Rangoon Lunatic Asylum 1878-1892 - 1878-1892
Year: 1878
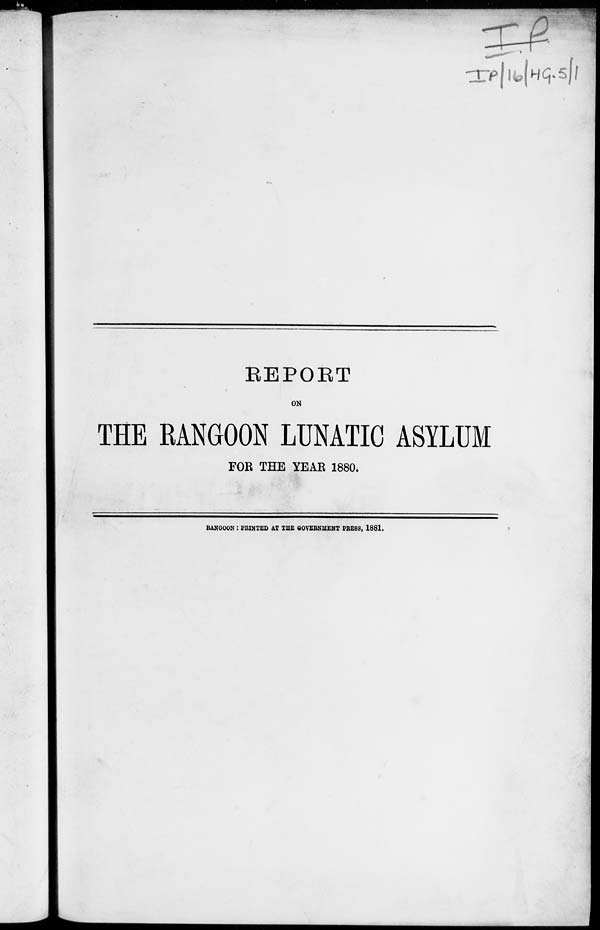
REPORT
ON
THE RANGOON LUNATIC ASYLUM
FOR THE YEAR 1880.
RANGOON: PRINTED AT THE GOVERNMENT PRESS, 1881.